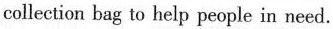
collection bag to help people in need.